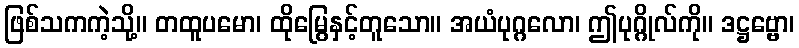
ဖြစ်သကကဲ့သို့။ တထူပမော၊ ထိုမြွေနှင့်တူသော။ အယံပုဂ္ဂလော၊ ဤပုဂ္ဂိုလ်ကို။ ဒဋ္ဌဗ္ဗော၊